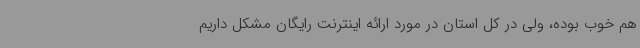
هم خوب بوده، ولی در کل استان در مورد ارائه اینترنت رایگان مشکل داریم